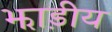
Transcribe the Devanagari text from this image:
झाड़ीय